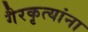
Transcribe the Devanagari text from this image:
गैरकृत्यांना